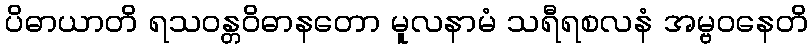
ပိဓာယာတိ ရသဝန္တဝိဓာနတော မူလနာမံ သရီရစလနံ အမ္ဗဝနေတိ